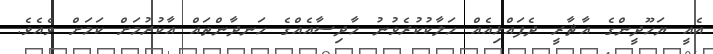
އެއީ ޔަހޫދީންގެ އާޘާރީ ދެފައްޅިއެއް ހަލާކުކުރެވުނު ހާދިސާއެއްގެ ހަނދާންތައް އާކުރުމަށް ކަމަށް ވެއެވެ.